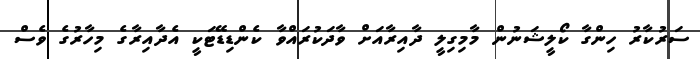
ސަރުކާރު ހިންގާ ކޯލީޝަނުން މާމިގިލީ ދާއިރާއަށް ވާދަކުރައްވާ ކެންޑިޑޭޓަކީ އެދާއިރާގެ މިހާރުގެ ވެސް